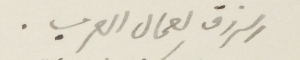
الرزق لعمال العرب.